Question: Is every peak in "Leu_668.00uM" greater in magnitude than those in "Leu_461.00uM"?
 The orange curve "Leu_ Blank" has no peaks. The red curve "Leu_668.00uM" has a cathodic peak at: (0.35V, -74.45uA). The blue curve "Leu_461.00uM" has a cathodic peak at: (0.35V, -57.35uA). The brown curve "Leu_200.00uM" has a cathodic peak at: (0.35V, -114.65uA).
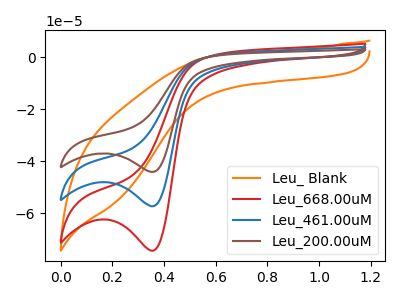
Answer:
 <answer>Every peak in "Leu_668.00uM" is higher than every peak in "Leu_461.00uM".</answer>
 <eval>higher</eval>